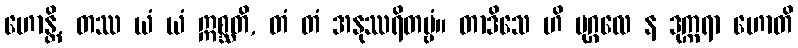
ဟောန္တိ, တဿ ယံ ယံ ဣစ္ဆတိ, တံ တံ အနုဿရိတဗ္ဗံ။ တာဒိသေ ဟိ ပုဂ္ဂလေ န ဒုက္ကရာ ဟောတိ